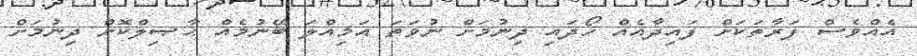
އެއްވެސް ފަރާތަކަށް ފައިދާއެއް ހޯދައި ދިނުމަށް ނުވަތަ އަމިއްލަ ބޭނުމެއް ޙާޞިލްކޮށް ދިނުމަށް